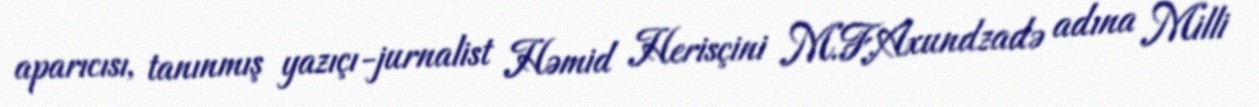
aparıcısı, tanınmış yazıçı-jurnalist Həmid Herisçini M.F.Axundzadə adına Milli